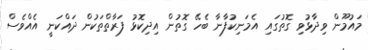
މައުމޫން ވިދާޅުވި ގޮތުގައި އެމަނިކުފާނާ ބެހޭ ގޮތުން އިދިކޮޅު ފަރާތްތަކުން ދައްކަނީ އެއްވެސް